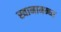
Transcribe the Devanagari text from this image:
स्वानामन्ध्य